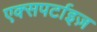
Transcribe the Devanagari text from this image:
एक्सपर्टाइज़